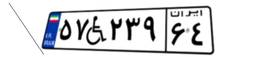
۵۷W۲۳۹۶۴